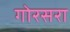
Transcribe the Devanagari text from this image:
गोरसरा